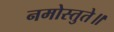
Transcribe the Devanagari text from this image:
नमोस्तुते॥